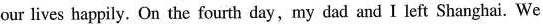
our lives happily. On the fourth day,my dad and I left Shanghai. We